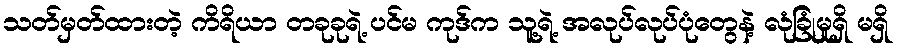
သတ်မှတ်ထားတဲ့ ကိရိယာ တခုခုရဲ့ ပင်မ ကုဒ်က သူ့ရဲ့ အလုပ်လုပ်ပုံတွေနဲ့ လုံခြုံမှုရှိ မရှိ